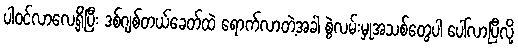
ပါဝင်လာလေ့ရှိပြီး ဒစ်ဂျစ်တယ်ခေတ်ထဲ ရောက်လာတဲ့အခါ စွဲလမ်းမှုအသစ်တွေပါ ပေါ်လာပြီလို့